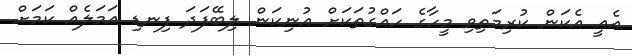
އެއީ އެކަން ކުރިމަތިވި މީހާގެ ހައްގުތަކަށް އުނިކަން ލިބޭފަދަ ފިނޑި އަމަލެއް ކަމަށް